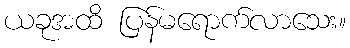
ယခုအထိ ပြန်မရောက်လာသေး။